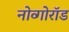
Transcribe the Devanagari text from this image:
नोव्गोरॉड